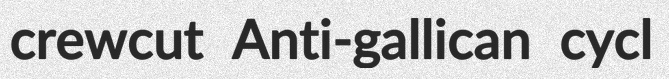
crewcut Anti-gallican cycl